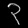
Digit: ၃